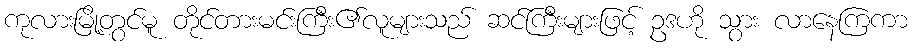
ကုလားမြို့တွင်မူ တိုင်တားမင်းကြီး၏လူများသည် ဆင်ကြီးများဖြင့် ဥဒဟို သွား လာနေကြကာ